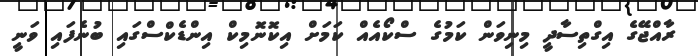
ރާއްޖޭގެ އިގްތިސާދީ މިނިވަން ކަމުގެ ސްކޯއެއް ކަމަށް އިކޮނޮމިކް އިންޑެކްސްގައި ބުނެފައި ވަނީ